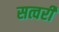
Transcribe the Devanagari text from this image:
सत्वरी